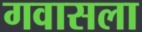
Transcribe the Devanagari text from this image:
गवासला